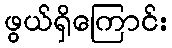
ဖွယ်ရှိကြောင်း